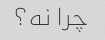
چرا نه؟